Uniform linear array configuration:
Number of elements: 24
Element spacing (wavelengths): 0.25
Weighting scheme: cosine
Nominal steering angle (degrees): -60
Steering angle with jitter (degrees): -59.404
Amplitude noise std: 0.05
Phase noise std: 0.05

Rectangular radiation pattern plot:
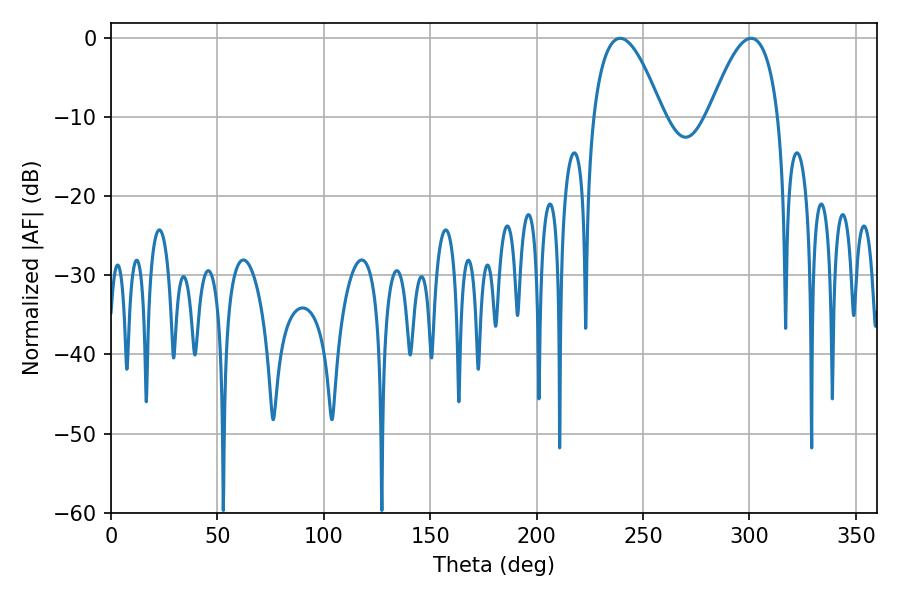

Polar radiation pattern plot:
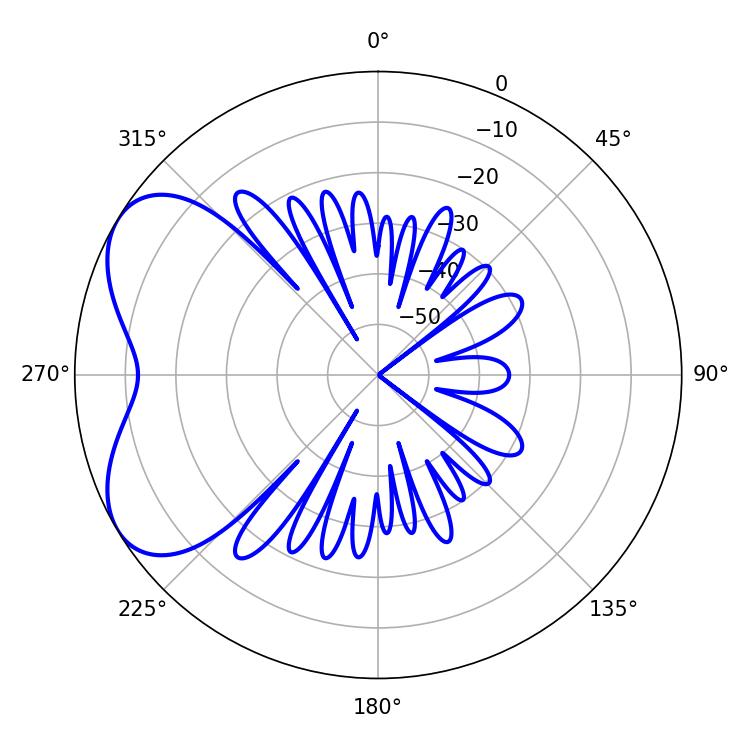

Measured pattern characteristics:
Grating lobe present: FALSE
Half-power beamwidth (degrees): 18
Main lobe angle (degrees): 239.22